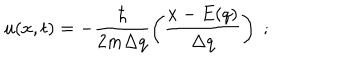
u ( x , t ) = - \frac { \hbar } { 2 m \Delta q } \left( \frac { x - E ( q ) } { \Delta q } \right) \; ;